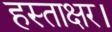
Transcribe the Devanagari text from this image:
हस्ताक्षर।